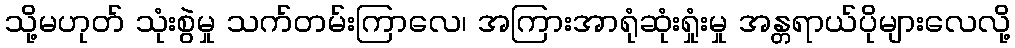
သို့မဟုတ် သုံးစွဲမှု သက်တမ်းကြာလေ၊ အကြားအာရုံဆုံးရှုံးမှု အန္တရာယ်ပိုများလေလို့